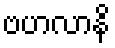
ဗဟလာနိ